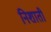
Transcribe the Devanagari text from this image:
निशाती